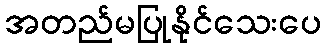
အတည်မပြုနိုင်သေးပေ